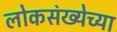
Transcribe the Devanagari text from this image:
लोकस॓ख्येच्या